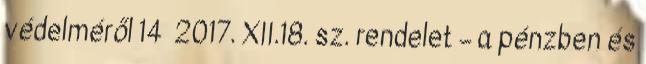
védelméről 14 2017. XII.18. sz. rendelet – a pénzben és